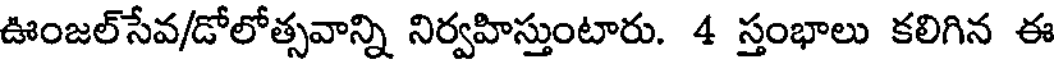
ఊంజల్సేవ/డోలోత్సవాన్ని నిర్వహిస్తుంటారు. 4 స్తంభాలు కలిగిన ఈ